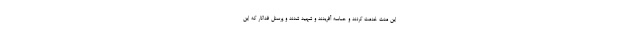
این مدت خدمت کردند و حماسه آفریدند و شهید شدند و پرسنل فداکار که این